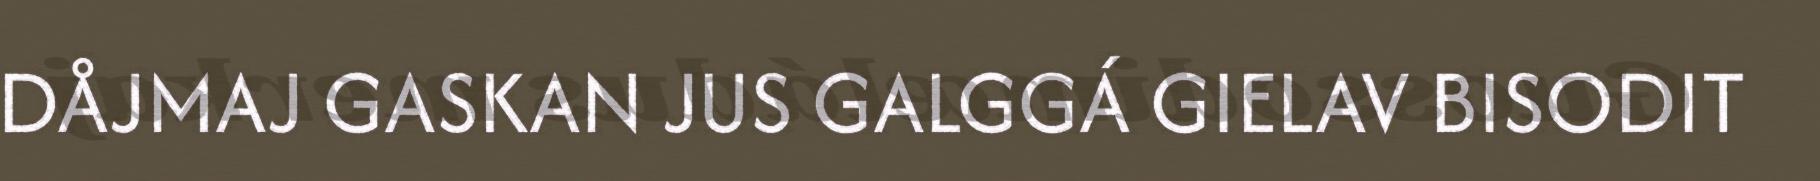
DÅJMAJ GASKAN JUS GALGGÁ GIELAV BISODIT